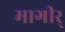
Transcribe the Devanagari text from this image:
मागीर्